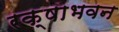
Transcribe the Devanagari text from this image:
रक्षाभवन